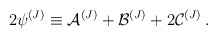
\begin{align*}2 {\psi}^{(J)} \equiv {\cal{A}}^{(J)} +{\cal{B}}^{(J)} + 2 {\cal{C}}^{(J)} \,. \end{align*}